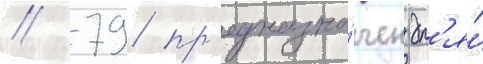
// 79 пр'едназна́чен дл'я́